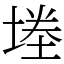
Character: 堘